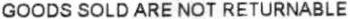
GOODS SOLD ARE NOT RETURNABLE